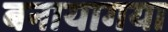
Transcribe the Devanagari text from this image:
बनायागया